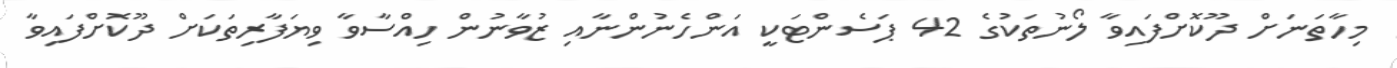
މިހާތަނަށް ދޫކޮށްފައިވާ ލޯނުތަކުގެ 42 ޕަސެންޓަކީ އަންހެނުންނާއި ޒުވާނުން ހިއްސާވާ ވިޔަފާރިތަކަށް ދޫކޮށްފައިވާ